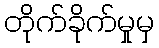
တိုက်ခိုက်မှုမှ